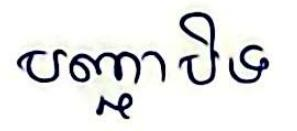
បញ្ជាបិទ